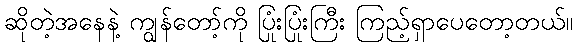
ဆိုတဲ့အနေနဲ့ ကျွန်တော့်ကို ပြုံးပြုံးကြီး ကြည့်ရှာပေတော့တယ်။